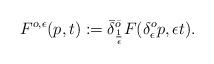
LaTeX: \begin{align*}F^{o,\epsilon}(p,t) := \bar\delta^{\bar o}_{\frac1\epsilon}F(\delta^o_\epsilon p,\epsilon t) .\end{align*}